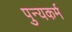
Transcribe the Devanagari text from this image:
पुन्यकर्म